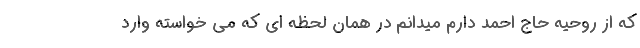
که از روحیه حاج احمد دارم میدانم در همان لحظه ای که می خواسته وارد